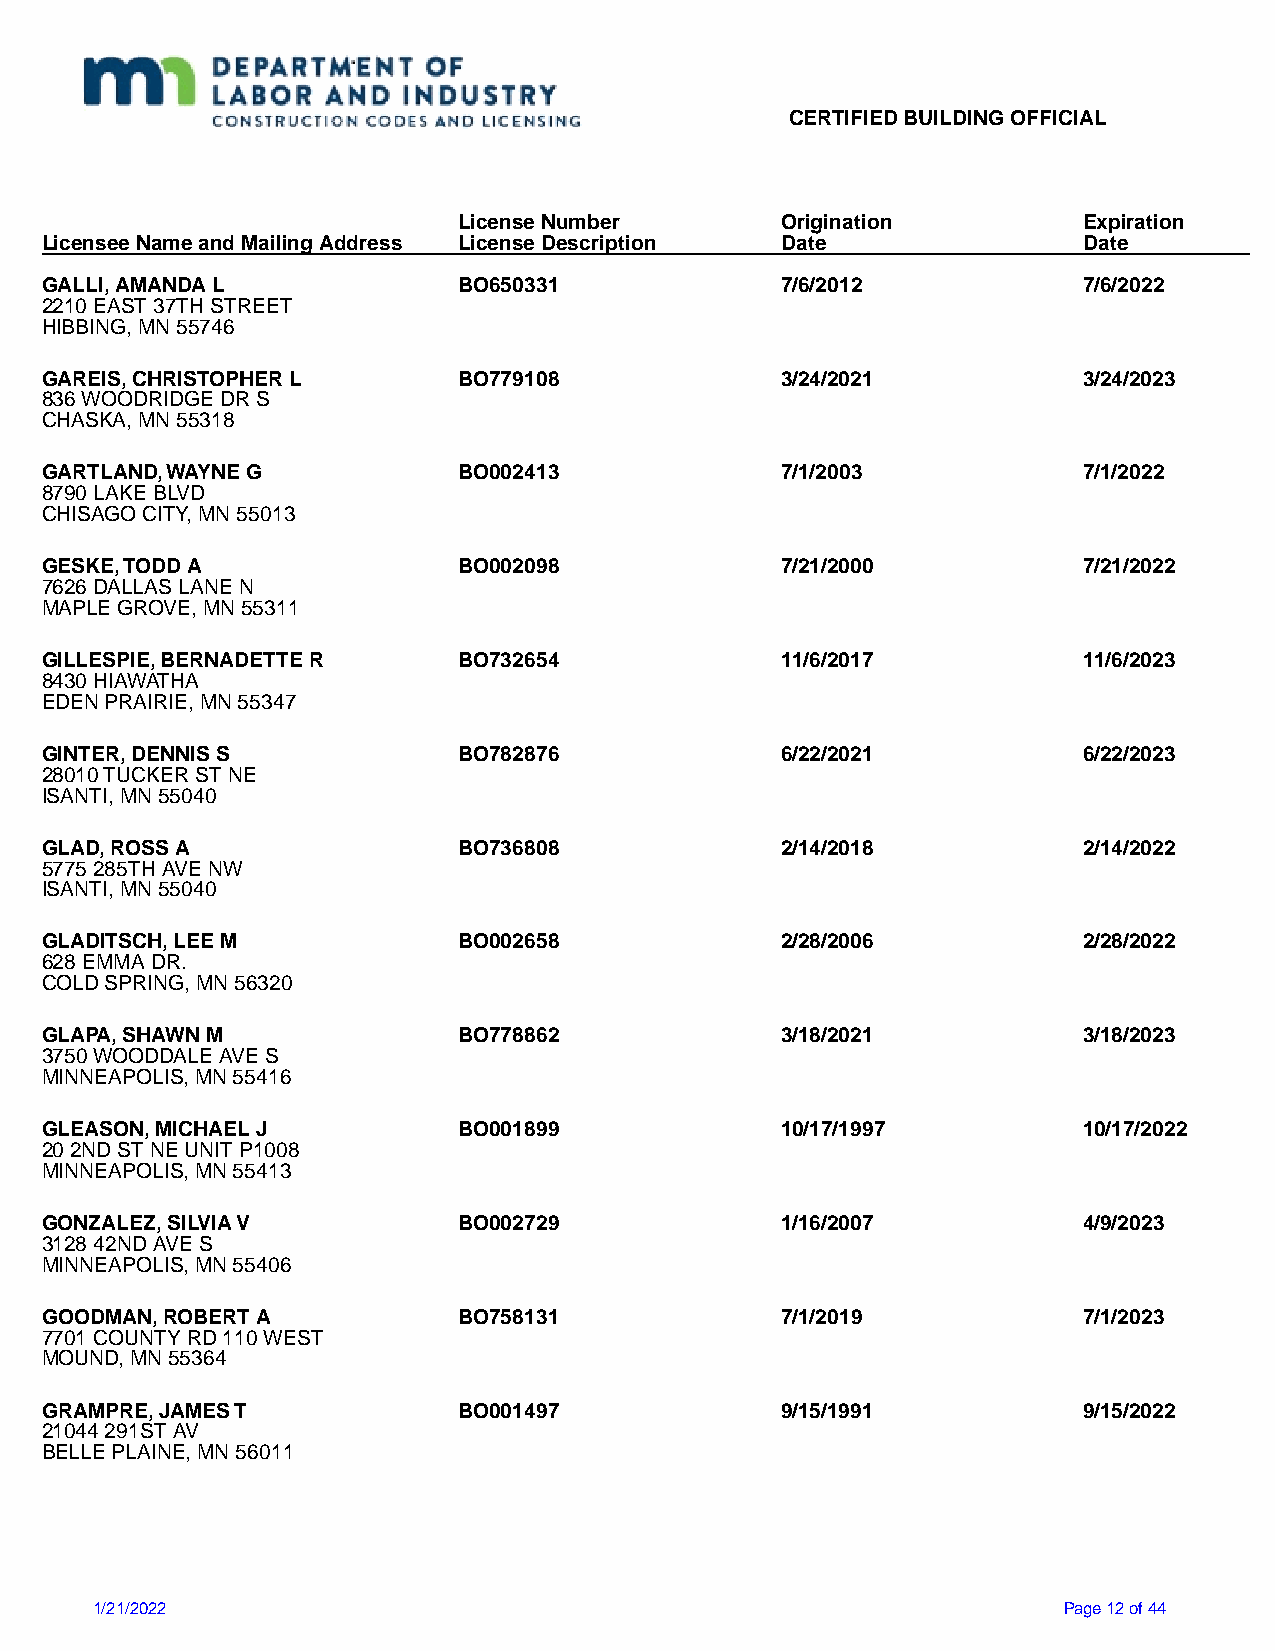
CERTIFIED BUILDING OFFICIAL
 License Number        Origination         Expiration
 Licensee Name and Mailing Address License Description Date           Date
 GALLI, AMANDA L            BO650331              7/6/2012            7/6/2022
 2210 EAST 37TH STREET
 HIBBING, MN 55746
 GAREIS, CHRISTOPHER L      BO779108              3/24/2021           3/24/2023
 836 WOODRIDGE DR S
 CHASKA, MN 55318
 GARTLAND, WAYNE G          BO002413              7/1/2003            7/1/2022
 8790 LAKE BLVD
 CHISAGO CITY, MN 55013
 GESKE, TODD A              BO002098              7/21/2000           7/21/2022
 7626 DALLAS LANE N
 MAPLE GROVE, MN 55311
 GILLESPIE, BERNADETTE R    BO732654              11/6/2017           11/6/2023
 8430 HIAWATHA
 EDEN PRAIRIE, MN 55347
 GINTER, DENNIS S           BO782876              6/22/2021           6/22/2023
 28010 TUCKER ST NE
 ISANTI, MN 55040
 GLAD, ROSS A               BO736808              2/14/2018           2/14/2022
 5775 285TH AVE NW
 ISANTI, MN 55040
 GLADITSCH, LEE M           BO002658              2/28/2006           2/28/2022
 628 EMMA DR.
 COLD SPRING, MN 56320
 GLAPA, SHAWN M             BO778862              3/18/2021           3/18/2023
 3750 WOODDALE AVE S
 MINNEAPOLIS, MN 55416
 GLEASON, MICHAEL J         BO001899              10/17/1997          10/17/2022
 20 2ND ST NE UNIT P1008
 MINNEAPOLIS, MN 55413
 GONZALEZ, SILVIA V         BO002729              1/16/2007           4/9/2023
 3128 42ND AVE S
 MINNEAPOLIS, MN 55406
 GOODMAN, ROBERT A          BO758131              7/1/2019            7/1/2023
 7701 COUNTY RD 110 WEST
 MOUND, MN 55364
 GRAMPRE, JAMES T           BO001497              9/15/1991           9/15/2022
 21044 291ST AV
 BELLE PLAINE, MN 56011
 1/21/2022                                                       Page 12 of 44